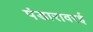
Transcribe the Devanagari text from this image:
पंडारावरई